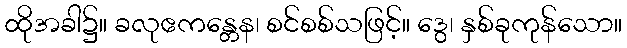
ထိုအခါ၌။ ခလုဧကန္တေန၊ စင်စစ်သဖြင့်။ ဒွေ၊ နှစ်ခုကုန်သော။